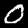
Label: 0